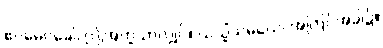
ဧဝမေဝခေါ၊ ဤအတူသာလျှင်။ ယသ္မိံသမယေ၊ အကြင်အခါ၌။